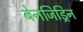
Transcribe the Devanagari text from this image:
बेनजिड्रिन